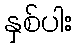
နှစ်ပါး